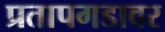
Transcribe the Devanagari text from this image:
प्रतापगडावर